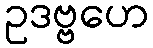
ဥဒဗ္ဗဟေ